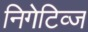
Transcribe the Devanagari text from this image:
निगेटिव्ज